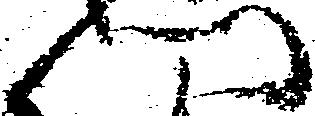
門